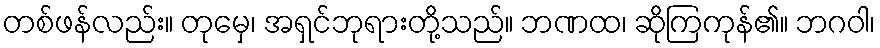
တစ်ဖန်လည်း။ တုမှေ၊ အရှင်ဘုရားတို့သည်။ ဘဏထ၊ ဆိုကြကုန်၏။ ဘဂဝါ၊